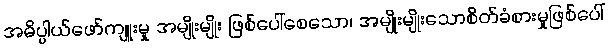
အဓိပ္ပါယ်ဖော်ကျူးမှု အမျိုးမျိုး ဖြစ်ပေါ်စေသော၊ အမျိုးမျိုးသောစိတ်ခံစားမှုဖြစ်ပေါ်